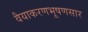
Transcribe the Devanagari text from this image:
वैयाकरणभूषणसार